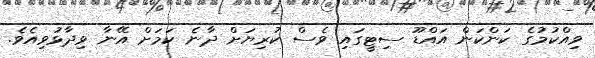
ވިއްކުމުގެ ކަންކަން އައްޑޫ ސިޓީގައި ވެސް ކުރިޔަށް ދާނެ ކަމަށް އޭނާ ވިދާޅުވިއެވެ.